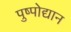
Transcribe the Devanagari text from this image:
पुष्पोद्यान